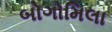
બોગોમિલા